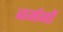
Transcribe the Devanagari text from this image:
बर्मनों